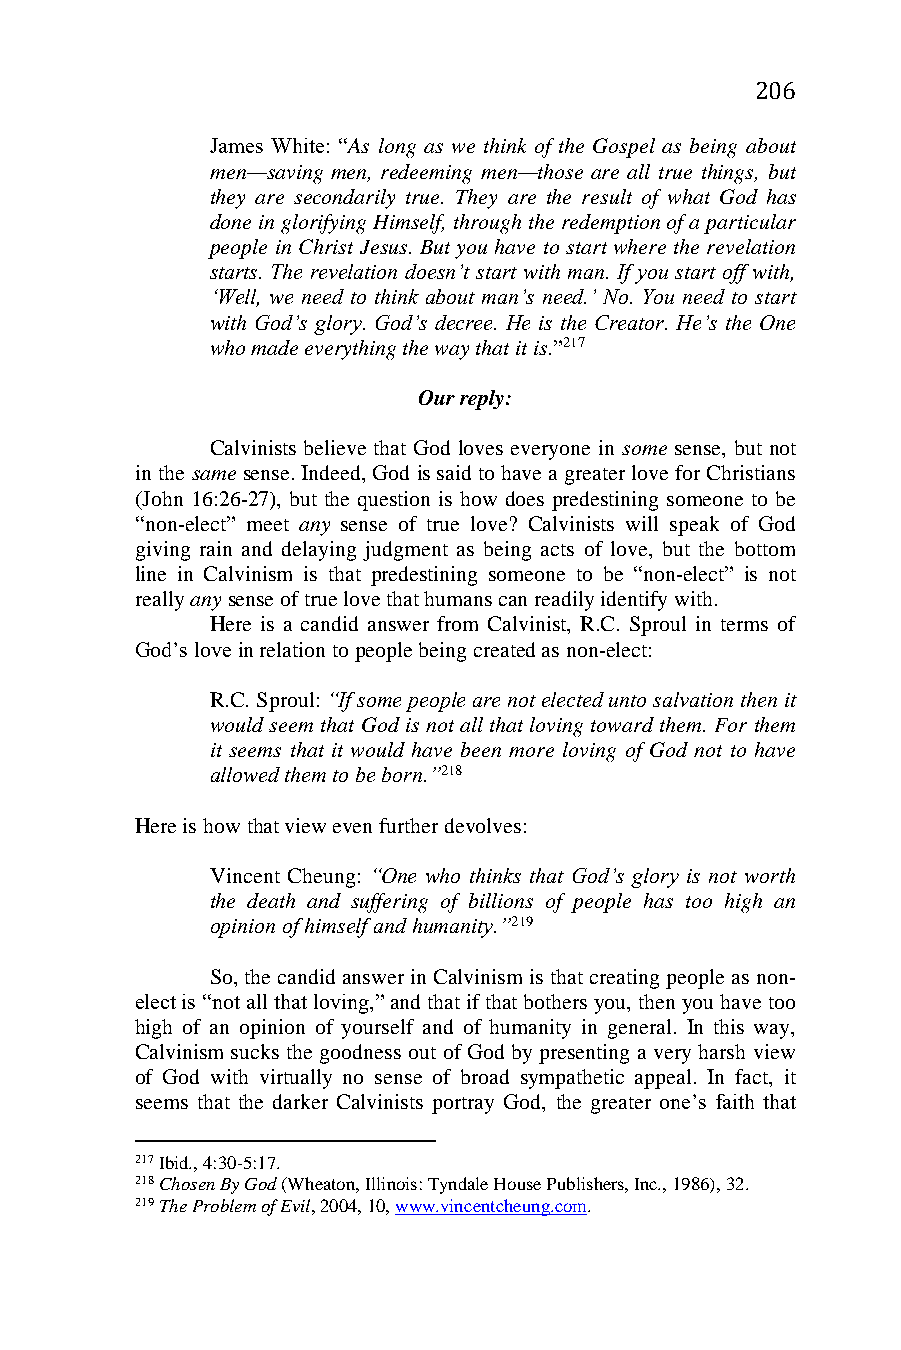
206
 James White: “As long as we think of the Gospel as being about
 men—saving men, redeeming men—those are all true things, but
 they are secondarily true. They are the result of what God has
 done in glorifying Himself, through the redemption of a particular
 people in Christ Jesus. But you have to start where the revelation
 starts. The revelation doesn’t start with man. If you start off with,
 ‘Well, we need to think about man’s need.’ No. You need to start
 with God’s glory. God’s decree. He is the Creator. He’s the One
 who made everything the way that it is.”217
 Our reply:
 Calvinists believe that God loves everyone in some sense, but not
 in the same sense. Indeed, God is said to have a greater love for Christians
 (John 16:26-27), but the question is how does predestining someone to be
 “non-elect” meet any sense of true love? Calvinists will speak of God
 giving rain and delaying judgment as being acts of love, but the bottom
 line in Calvinism is that predestining someone to be “non-elect” is not
 really any sense of true love that humans can readily identify with.
 Here is a candid answer from Calvinist, R.C. Sproul in terms of
 God’s love in relation to people being created as non-elect:
 R.C. Sproul: “If some people are not elected unto salvation then it
 would seem that God is not all that loving toward them. For them
 it seems that it would have been more loving of God not to have
 allowed them to be born.”218
 Here is how that view even further devolves:
 Vincent Cheung: “One who thinks that God’s glory is not worth
 the death and suffering of billions of people has too high an
 opinion of himself and humanity.”219
 So, the candid answer in Calvinism is that creating people as non-
 elect is “not all that loving,” and that if that bothers you, then you have too
 high of an opinion of yourself and of humanity in general. In this way,
 Calvinism sucks the goodness out of God by presenting a very harsh view
 of God with virtually no sense of broad sympathetic appeal. In fact, it
 seems that the darker Calvinists portray God, the greater one’s faith that
 217 Ibid., 4:30-5:17.
 218 Chosen By God (Wheaton, Illinois: Tyndale House Publishers, Inc., 1986), 32.
 219 The Problem of Evil, 2004, 10, www.vincentcheung.com.